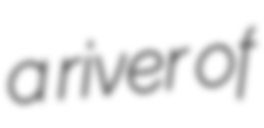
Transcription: a river of